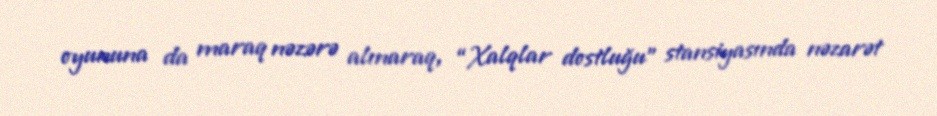
oyununa da maraq nəzərə alınaraq, “Xalqlar dostluğu” stansiyasında nəzarət